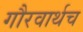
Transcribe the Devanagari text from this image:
गौरवार्थच